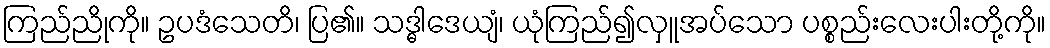
ကြည်ညိုကို။ ဥပဒံသေတိ၊ ပြ၏။ သဒ္ဓါဒေယျံ၊ ယုံကြည်၍လှူအပ်သော ပစ္စည်းလေးပါးတို့ကို။